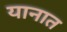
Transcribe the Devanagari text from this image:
यानात